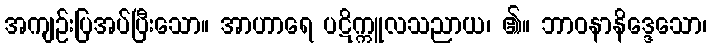
အကျဉ်းပြအပ်ပြီးသော။ အာဟာရေ ပဋိက္ကူလသညာယ၊ ၏။ ဘာဝနာနိဒ္ဒေသော၊